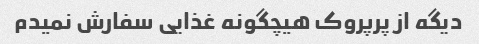
دیگه از پرپروک هیچگونه غذایی سفارش نمیدم